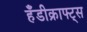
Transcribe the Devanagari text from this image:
हँडीक्राफ्ट्स